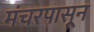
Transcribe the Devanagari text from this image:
मंचरपासून